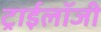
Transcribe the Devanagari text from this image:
ट्राईलॉजी